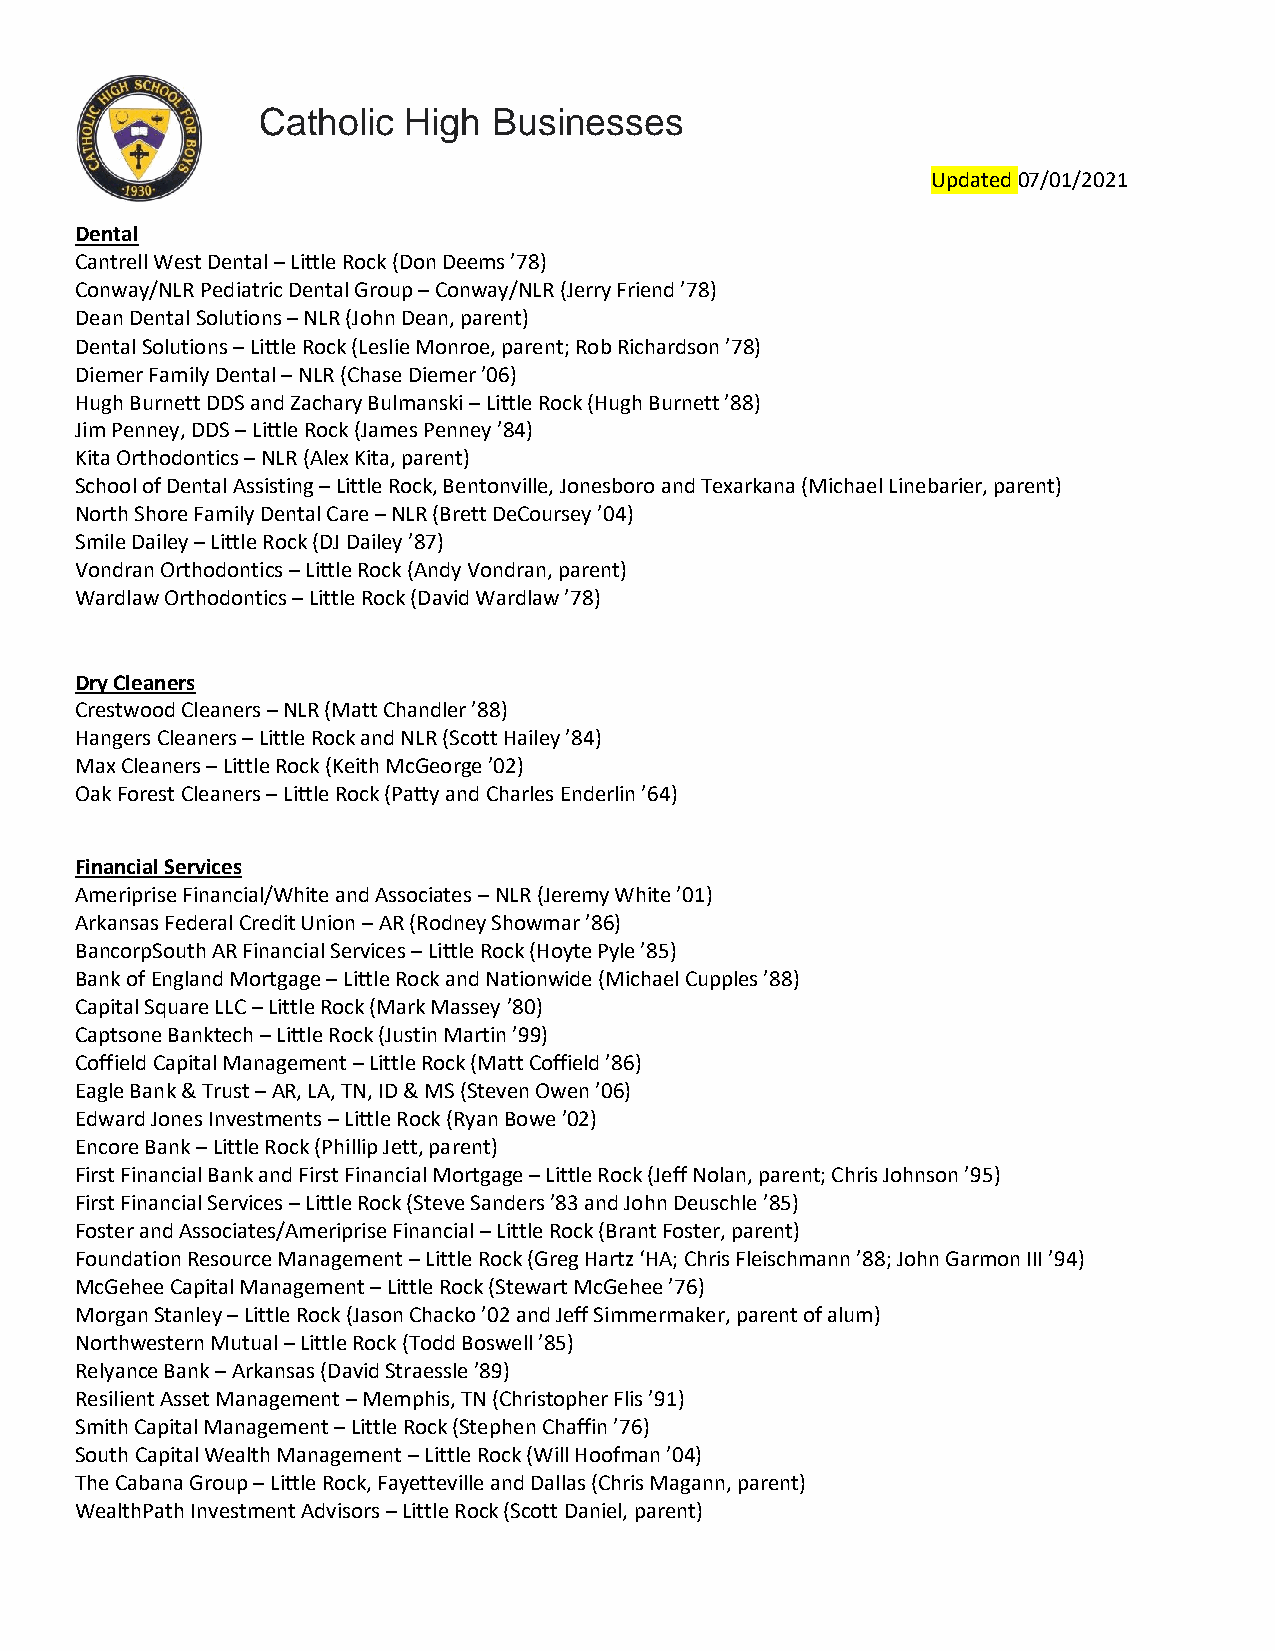
Catholic  High  Businesses
 Updated 07/01/2021
 Dental
 Cantrell West Dental – Little Rock (Don Deems ’78)
 Conway/NLR Pediatric Dental Group – Conway/NLR (Jerry Friend ’78)
 Dean Dental Solutions – NLR (John Dean, parent)
 Dental Solutions – Little Rock (Leslie Monroe, parent; Rob Richardson ’78)
 Diemer Family Dental – NLR (Chase Diemer ’06)
 Hugh Burnett DDS and Zachary Bulmanski – Little Rock (Hugh Burnett ’88)
 Jim Penney, DDS – Little Rock (James Penney ’84)
 Kita Orthodontics – NLR (Alex Kita, parent)
 School of Dental Assisting – Little Rock, Bentonville, Jonesboro and Texarkana (Michael Linebarier, parent)
 North Shore Family Dental Care – NLR (Brett DeCoursey ’04)
 Smile Dailey – Little Rock (DJ Dailey ’87)
 Vondran Orthodontics – Little Rock (Andy Vondran, parent)
 Wardlaw Orthodontics – Little Rock (David Wardlaw ’78)
 Dry Cleaners
 Crestwood Cleaners – NLR (Matt Chandler ’88)
 Hangers Cleaners – Little Rock and NLR (Scott Hailey ’84)
 Max Cleaners – Little Rock (Keith McGeorge ’02)
 Oak Forest Cleaners – Little Rock (Patty and Charles Enderlin ’64)
 Financial Services
 Ameriprise Financial/White and Associates – NLR (Jeremy White ’01)
 Arkansas Federal Credit Union – AR (Rodney Showmar ’86)
 BancorpSouth AR Financial Services – Little Rock (Hoyte Pyle ’85)
 Bank of England Mortgage – Little Rock and Nationwide (Michael Cupples ’88)
 Capital Square LLC – Little Rock (Mark Massey ’80)
 Captsone Banktech – Little Rock (Justin Martin ’99)
 Coffield Capital Management – Little Rock (Matt Coffield ’86)
 Eagle Bank & Trust – AR, LA, TN, ID & MS (Steven Owen ’06)
 Edward Jones Investments – Little Rock (Ryan Bowe ’02)
 Encore Bank – Little Rock (Phillip Jett, parent)
 First Financial Bank and First Financial Mortgage – Little Rock (Jeff Nolan, parent; Chris Johnson ’95)
 First Financial Services – Little Rock (Steve Sanders ’83 and John Deuschle ’85)
 Foster and Associates/Ameriprise Financial – Little Rock (Brant Foster, parent)
 Foundation Resource Management – Little Rock (Greg Hartz ‘HA; Chris Fleischmann ’88; John Garmon III ’94)
 McGehee Capital Management – Little Rock (Stewart McGehee ’76)
 Morgan Stanley – Little Rock (Jason Chacko ’02 and Jeff Simmermaker, parent of alum)
 Northwestern Mutual – Little Rock (Todd Boswell ’85)
 Relyance Bank – Arkansas (David Straessle ’89)
 Resilient Asset Management – Memphis, TN (Christopher Flis ’91)
 Smith Capital Management – Little Rock (Stephen Chaffin ’76)
 South Capital Wealth Management – Little Rock (Will Hoofman ’04)
 The Cabana Group – Little Rock, Fayetteville and Dallas (Chris Magann, parent)
 WealthPath Investment Advisors – Little Rock (Scott Daniel, parent)